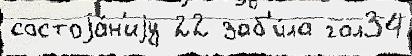
состоjа́н'иjу 22 заб'и́ла гол34